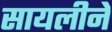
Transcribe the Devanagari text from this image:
सायलीने